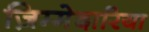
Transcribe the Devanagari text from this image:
ज़िम्मेदारिया